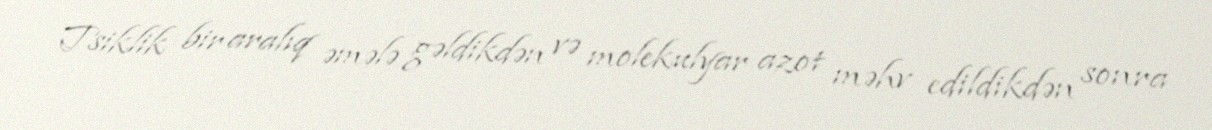
Tsiklik bir aralıq əmələ gəldikdən və molekulyar azot məhv edildikdən sonra